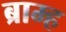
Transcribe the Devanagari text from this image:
ब्राम्ह